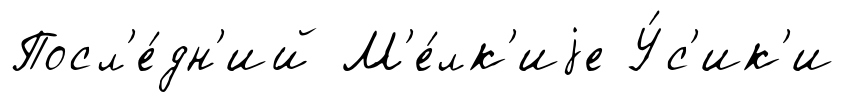
Посл'е́дн'ий М'е́лк'иjе У́с'ик'и